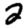
Digit: 2